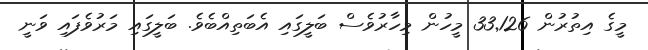
މީގެ އިތުރުން 33